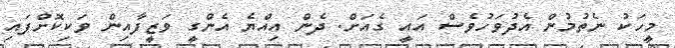
މީހަކު ނެތުމުން އެދުވަހުވެސް އައީ ގެއަށް. ދެން އިއްޔެ އެންގީ ވަޒީފާއިން ވަކިކޮށްފައި